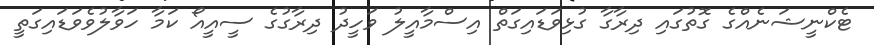
ޓެކްނީޝަނެއްގެ ގޮތުގައި ދިރާގާ ގުޅިވަޑައިގަތް އިސްމާއީލު ވަހީދު ދިރާގުގެ ސީއީއޯ ކަމާ ހަވާލުވެވަޑައިގަތީ